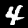
Label: 4